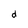
Character: d